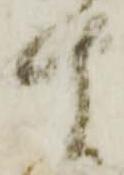
十